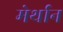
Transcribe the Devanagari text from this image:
मेर्थान